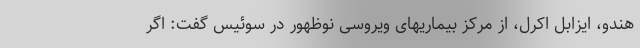
هندو، ایزابل اکرل، از مرکز بیماریهای ویروسی نوظهور در سوئیس گفت: اگر